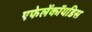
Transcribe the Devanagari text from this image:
एफेलेंकॉयडिस